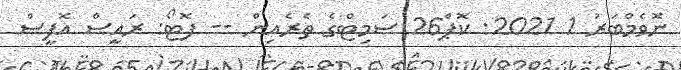
ނޮވެމްބަރު 1 2021: ކޮޕް26 ސަމިޓްގެ ތެރެއިން -- ފޮޓޯ: ރައީސް އޮފީސް